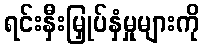
ရင်းနှီးမြှုပ်နှံမှုများကို